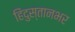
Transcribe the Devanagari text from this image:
हिंदुस्तानभर